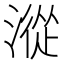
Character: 漎